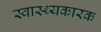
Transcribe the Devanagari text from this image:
स्वास्थ्यकारक